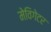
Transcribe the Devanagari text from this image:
मेविगेटर